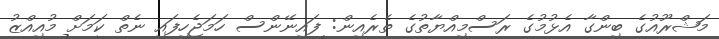
މަޝްރޫއުގެ ބިންގާ އެޅުމުގެ ރަސްމިއްޔާތުގެ ތެރެއިން: ފައިނޭންސް ހަމަޖެހިފައި ނެތް ކަމަށް މުއިއްޒު